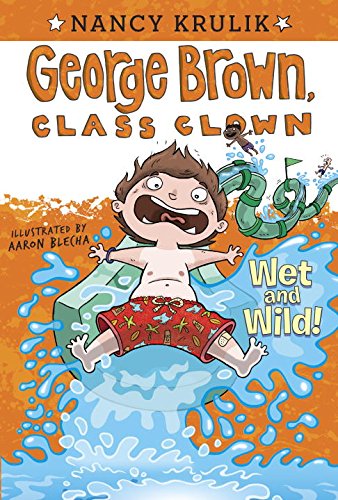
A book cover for Wet and Wild! #5 (George Brown, Class Clown); Nancy Krulik; Children's Books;